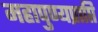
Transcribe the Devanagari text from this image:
महापुण्यप्राप्ति